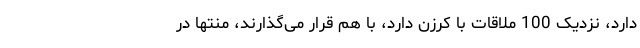
دارد، نزدیک 100 ملاقات با کرزن دارد، با هم قرار می‌گذارند، منتها در